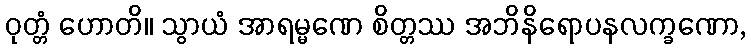
ဝုတ္တံ ဟောတိ။ သွာယံ အာရမ္မဏေ စိတ္တဿ အဘိနိရောပနလက္ခဏော,